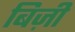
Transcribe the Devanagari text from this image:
बिज़ी